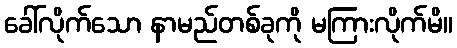
ခေါ်လိုက်သော နာမည်တစ်ခုကို မကြားလိုက်မိ။